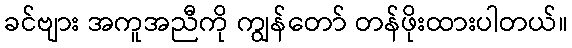
ခင်ဗျား အကူအညီကို ကျွန်တော် တန်ဖိုးထားပါတယ်။